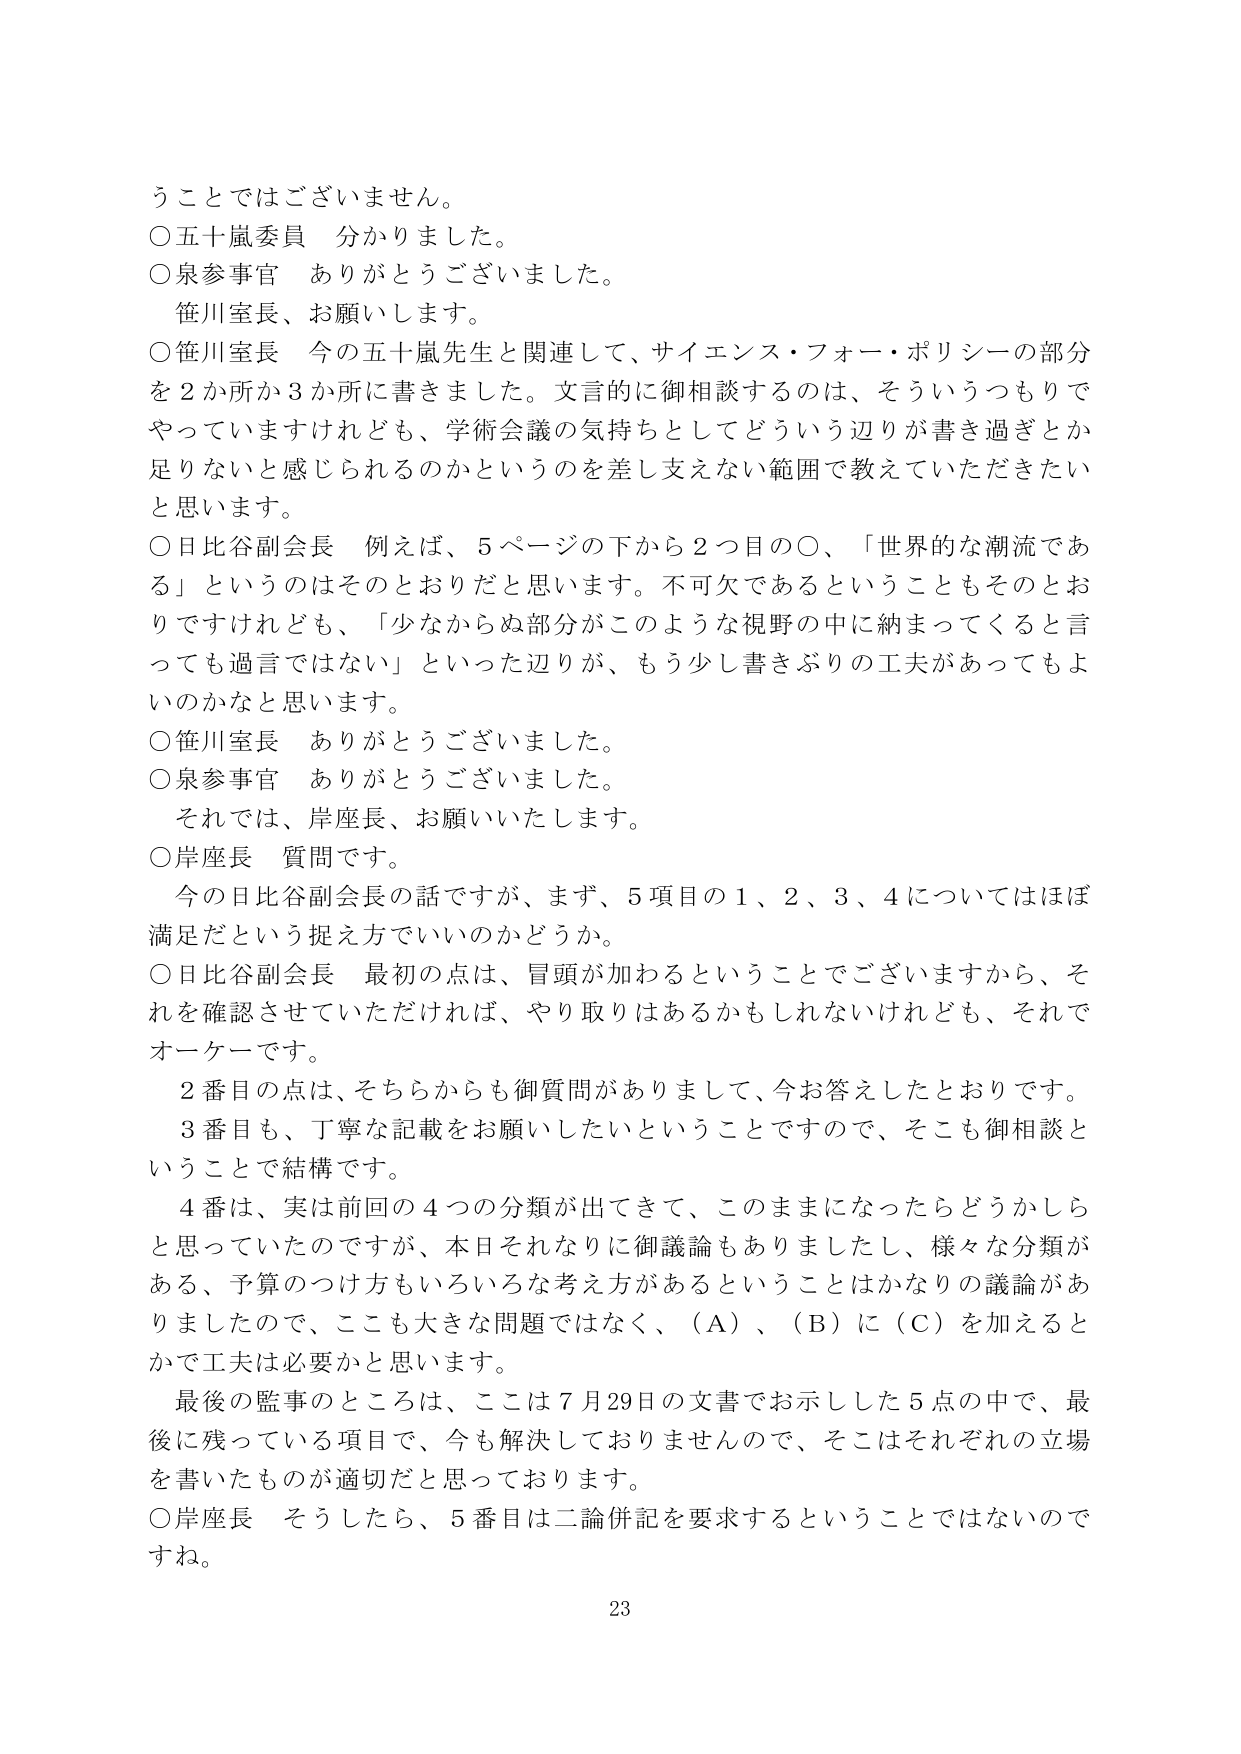
うことではございません。
○五十嵐委員　分かりました。
○泉参事官　ありがとうございました。
　笹川室長、お願いします。
○笹川室長　今の五十嵐先生と関連して、サイエンス・フォー・ポリシーの部分を２か所か３か所に書きました。文言的に御相談するのは、そういうつもりでやっていますけれども、学術会議の気持ちとしてどういう辺りが書き過ぎとか足りないと感じられるのかというのを差し支えない範囲で教えていただきたいと思います。
○日比谷副会長　例えば、５ページの下から２つ目の○、「世界的な潮流である」というのはそのとおりだと思います。不可欠であるということもそのとおりですけれども、「少なからぬ部分がこのような視野の中に納まってくると言っても過言ではない」といった辺りが、もう少し書きぶりの工夫があってもよいのかなと思います。
○笹川室長　ありがとうございました。
○泉参事官　ありがとうございました。
　それでは、岸座長、お願いいたします。
○岸座長　質問です。
　今の日比谷副会長の話ですが、まず、５項目の１、２、３、４についてはほぼ満足だという捉え方でいいのかどうか。
○日比谷副会長　最初の点は、冒頭が加わるということでございますから、それを確認させていただければ、やり取りはあるかもしれないけれども、それでオーケーです。
　２番目の点は、そちらからも御質問がありまして、今お答えしたとおりです。
　３番目も、丁寧な記載をお願いしたいということで、そこも御相談ということで結構です。
　４番は、実は前回の４つの分類が出てきて、このままになったらどうかしらと思っていたのですが、本日それなりに御議論もありましたし、様々な分類がある、予算のつけ方もいろいろな考え方があるということはかなりの議論がありましたので、ここも大きな問題ではなく、（Ａ）、（Ｂ）に（Ｃ）を加えるとかで工夫は必要かと思います。
　最後の監事のところは、ここは７月29日の文書でお示しした５点の中で、最後に残っている項目で、今も解決しておりませんので、そこはそれぞれの立場を書いたものが適切だと思っております。
○岸座長　そうしたら、５番目は二論併記を要求するということではないのですね。
23